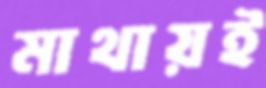
মাথায়ই